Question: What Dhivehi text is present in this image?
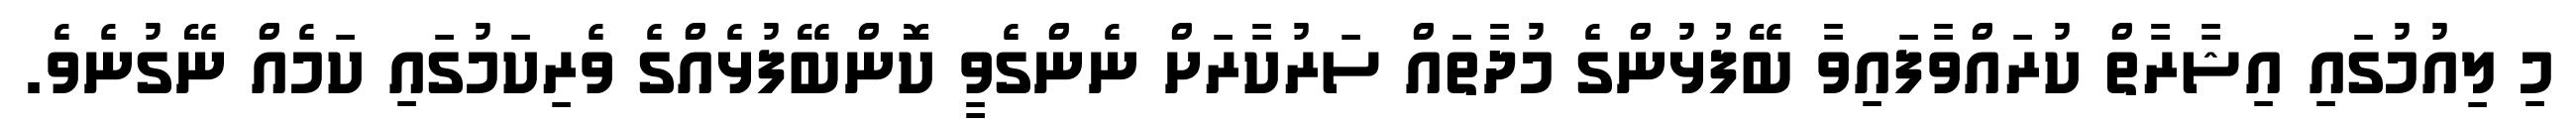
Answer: މި ލިއުމުގައި އިޝާރާތް ކުރައްވާފައިވާ ބޭފުޅުންގެ މުދާތައް ސަރުކާރަށް ނެންގެވީ ކޮންބޭފުޅެއްގެ ވެރިކަމުގައި ކަމެއް ނޭގުނެވެ.